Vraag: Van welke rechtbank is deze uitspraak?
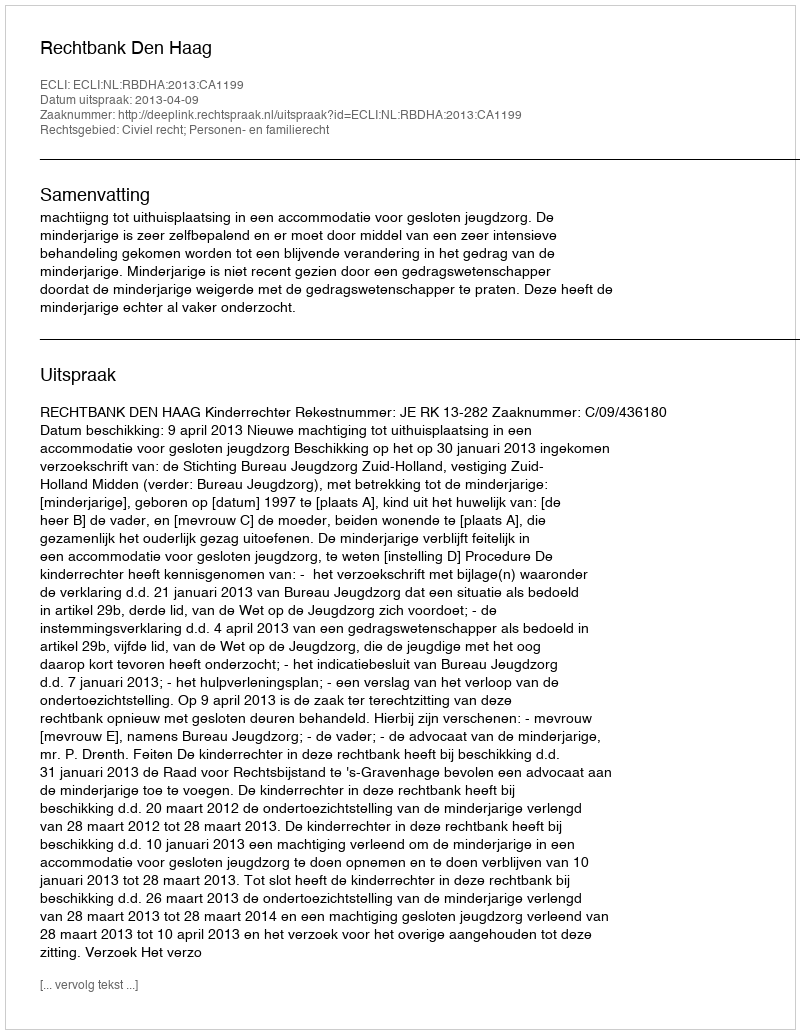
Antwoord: Rechtbank Den Haag